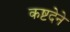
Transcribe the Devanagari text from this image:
कष्टदेने